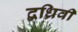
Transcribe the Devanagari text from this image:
द्वध्रिवी